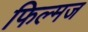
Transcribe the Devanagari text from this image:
फिल्मज